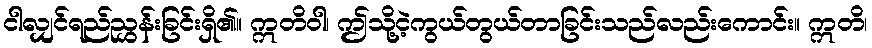
ငါလျှင်ရည်ညွှန်းခြင်းရှိ၏။ ဣတိဝါ၊ ဤသို့ငဲ့ကွယ်တွယ်တာခြင်းသည်လည်းကောင်း။ ဣတိ၊